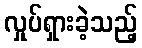
လှုပ်ရှားခဲ့သည့်